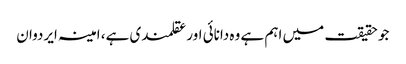
جو حقیقت میں اہم ہے وہ دانائی اور عقلمندی ہے، امینہ ایردوان